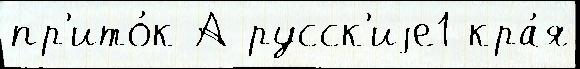
пр'ито́к А русск'иjе1 кра́я